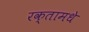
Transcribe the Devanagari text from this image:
रक्तामधे